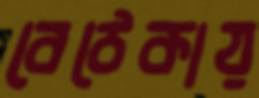
বেঠেকায়